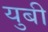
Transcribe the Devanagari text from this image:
युबी